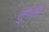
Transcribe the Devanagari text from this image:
लुंगत्‍तेई